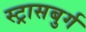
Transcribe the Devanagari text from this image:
स्ट्रासबुर्ग